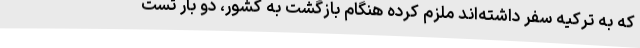
که به ترکیه سفر داشته‌اند ملزم کرده هنگام بازگشت به کشور، دو بار تست